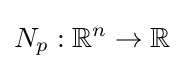
N_{p}:\mathbb {R} ^{n}\to \mathbb {R}